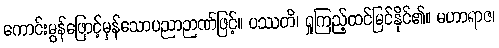
ကောင်းမွန်ဖြောင့်မှန်သောပညာဉာဏ်ဖြင့်။ ပဿတိ၊ ရှုကြည့်ထင်မြင်နိုင်၏။ မဟာရာဇ၊